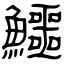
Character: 鱷